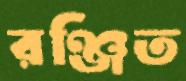
রঞ্জিত